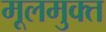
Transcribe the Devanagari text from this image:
मूलमुक्त